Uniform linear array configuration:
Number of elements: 32
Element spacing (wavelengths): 1
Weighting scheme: binomial
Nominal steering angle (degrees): -15
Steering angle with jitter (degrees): -14.447
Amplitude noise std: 0.05
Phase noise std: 0.05

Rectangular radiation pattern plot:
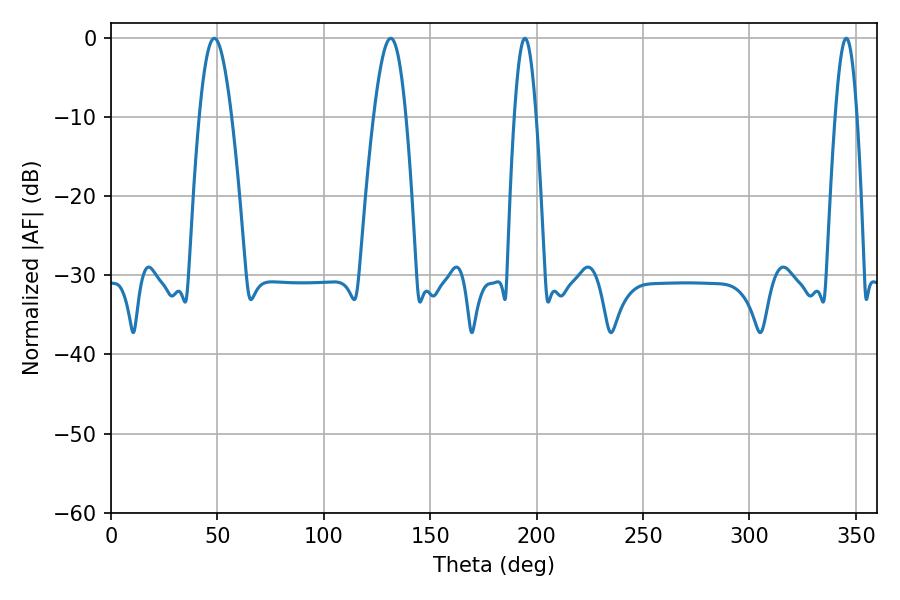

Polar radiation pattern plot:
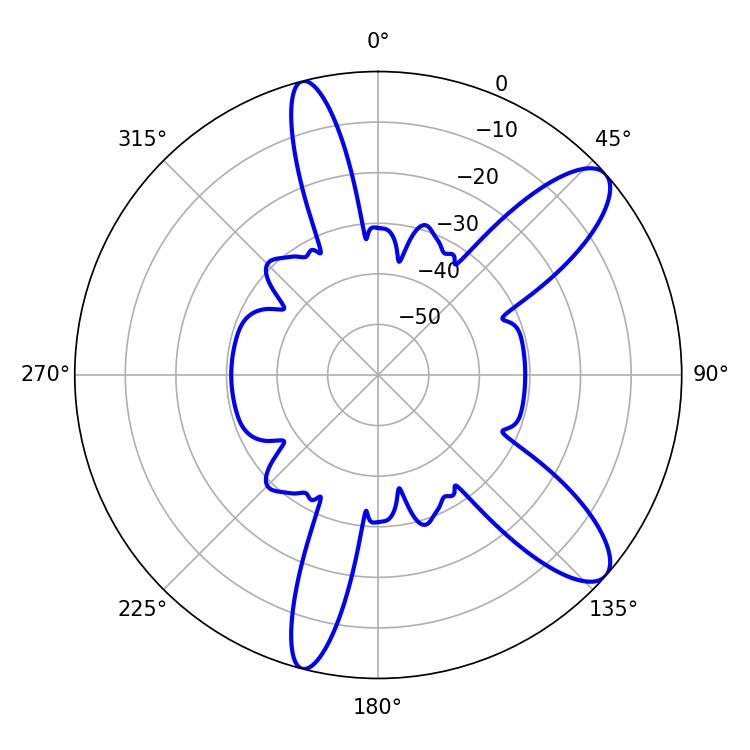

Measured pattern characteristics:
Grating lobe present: TRUE
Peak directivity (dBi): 10.447
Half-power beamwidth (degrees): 8.1
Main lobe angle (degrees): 131.4